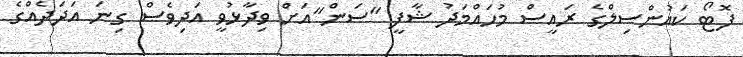
ފޮޓޯ ކައުންސިލްގެ ރައީސް މުހައްމަދު ޝާފީ "ސަން"އަށް ވިދާޅުވީ އަދިވެސް ގިނަ އަދަދެއްގެ